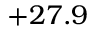
+ 2 7 . 9